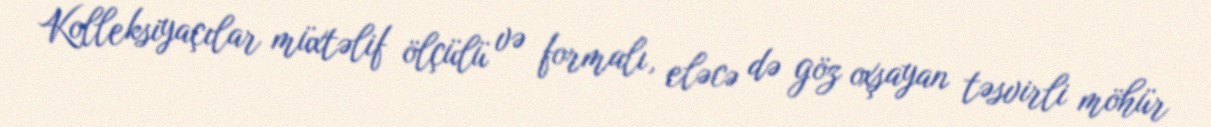
Kolleksiyaçılar müxtəlif ölçülü və formalı, eləcə də göz oxşayan təsvirli möhür